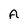
Character: A